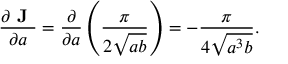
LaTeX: { \frac { \partial { \textbf { J } } } { \partial a } } = { \frac { \partial } { \partial a } } \left( { \frac { \pi } { 2 { \sqrt { a b } } } } \right) = - { \frac { \pi } { 4 { \sqrt { a ^ { 3 } b } } } } .